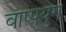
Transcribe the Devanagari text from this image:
वाष्पयुग